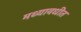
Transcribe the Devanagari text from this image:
मध्यावधीत